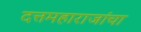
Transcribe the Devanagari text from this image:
दत्तमहाराजांचा